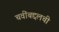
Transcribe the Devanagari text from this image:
चवींबद्दलची